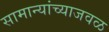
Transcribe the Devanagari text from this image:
सामान्यांच्याजवळ